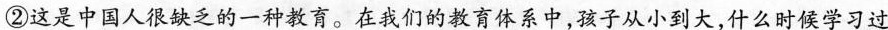
②这是中国人很缺乏的一种教育。在我们的教育体系中，孩子从小到大，什么时候学习过